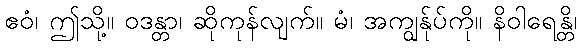
ဧဝံ၊ ဤသို့။ ဝဒန္တာ၊ ဆိုကုန်လျက်။ မံ၊ အကျွန်ုပ်ကို။ နိဝါရေန္တိ၊